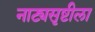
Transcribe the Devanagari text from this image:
नाट्यसृष्टीला